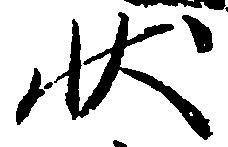
状